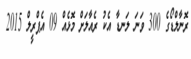
ރޮނާލްޑޯގެ 300 ވަނަ ލަނޑާ އެކު ރެއާލަށް މޮޅެއް 09 އެޕްރީލް 2015